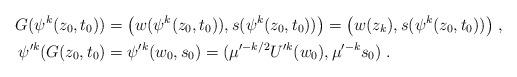
LaTeX: \begin{align*}G(\psi^{k}(z_0,t_0)) &= \big(w(\psi^{k}(z_0,t_0)), s(\psi^{k}(z_0,t_0))\big) = \big(w(z_k), s(\psi^{k}(z_0,t_0))\big) \;,\\\psi'^k(G(z_0,t_0)&= \psi'^k(w_0,s_0) = (\mu'^{-k/2}U'^k(w_0),\mu'^{-k} s_0) \;.\end{align*}